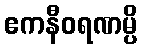
ဧကနီဝရဏမ္ပိ